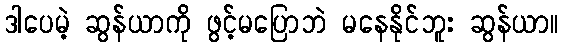
ဒါပေမဲ့ ဆွန်ယာကို ဖွင့်မပြောဘဲ မနေနိုင်ဘူး ဆွန်ယာ။